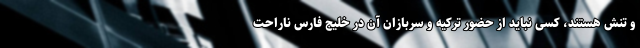
و تنش هستند، کسی نباید از حضور ترکیه و سربازان آن در خلیج فارس ناراحت